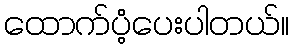
ထောက်ပံံ့ပေးပါတယ်။